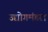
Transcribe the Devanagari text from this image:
उद्योगमंडल